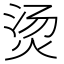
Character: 烫